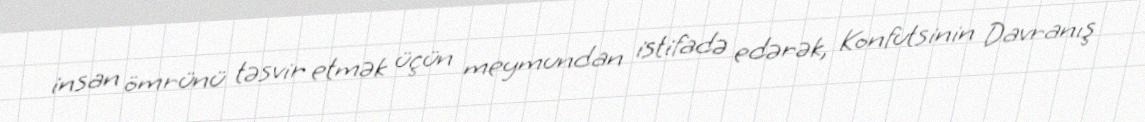
insan ömrünü təsvir etmək üçün meymundan istifadə edərək, Konfutsinin Davranış